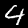
Digit: 4